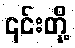
၎င်းတို့